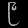
Digit: ၉